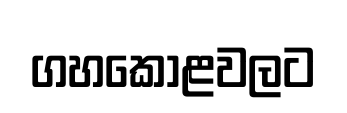
ගහකොළවලට